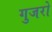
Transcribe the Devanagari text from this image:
गुजरो